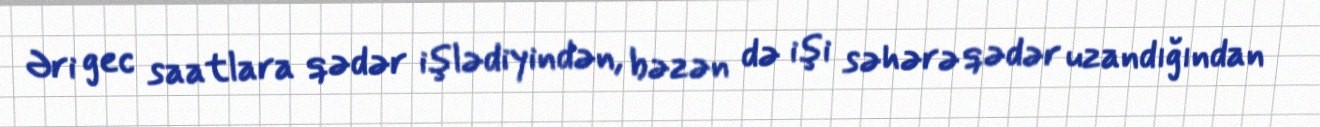
Əri gec saatlara qədər işlədiyindən, bəzən də işi səhərə qədər uzandığından